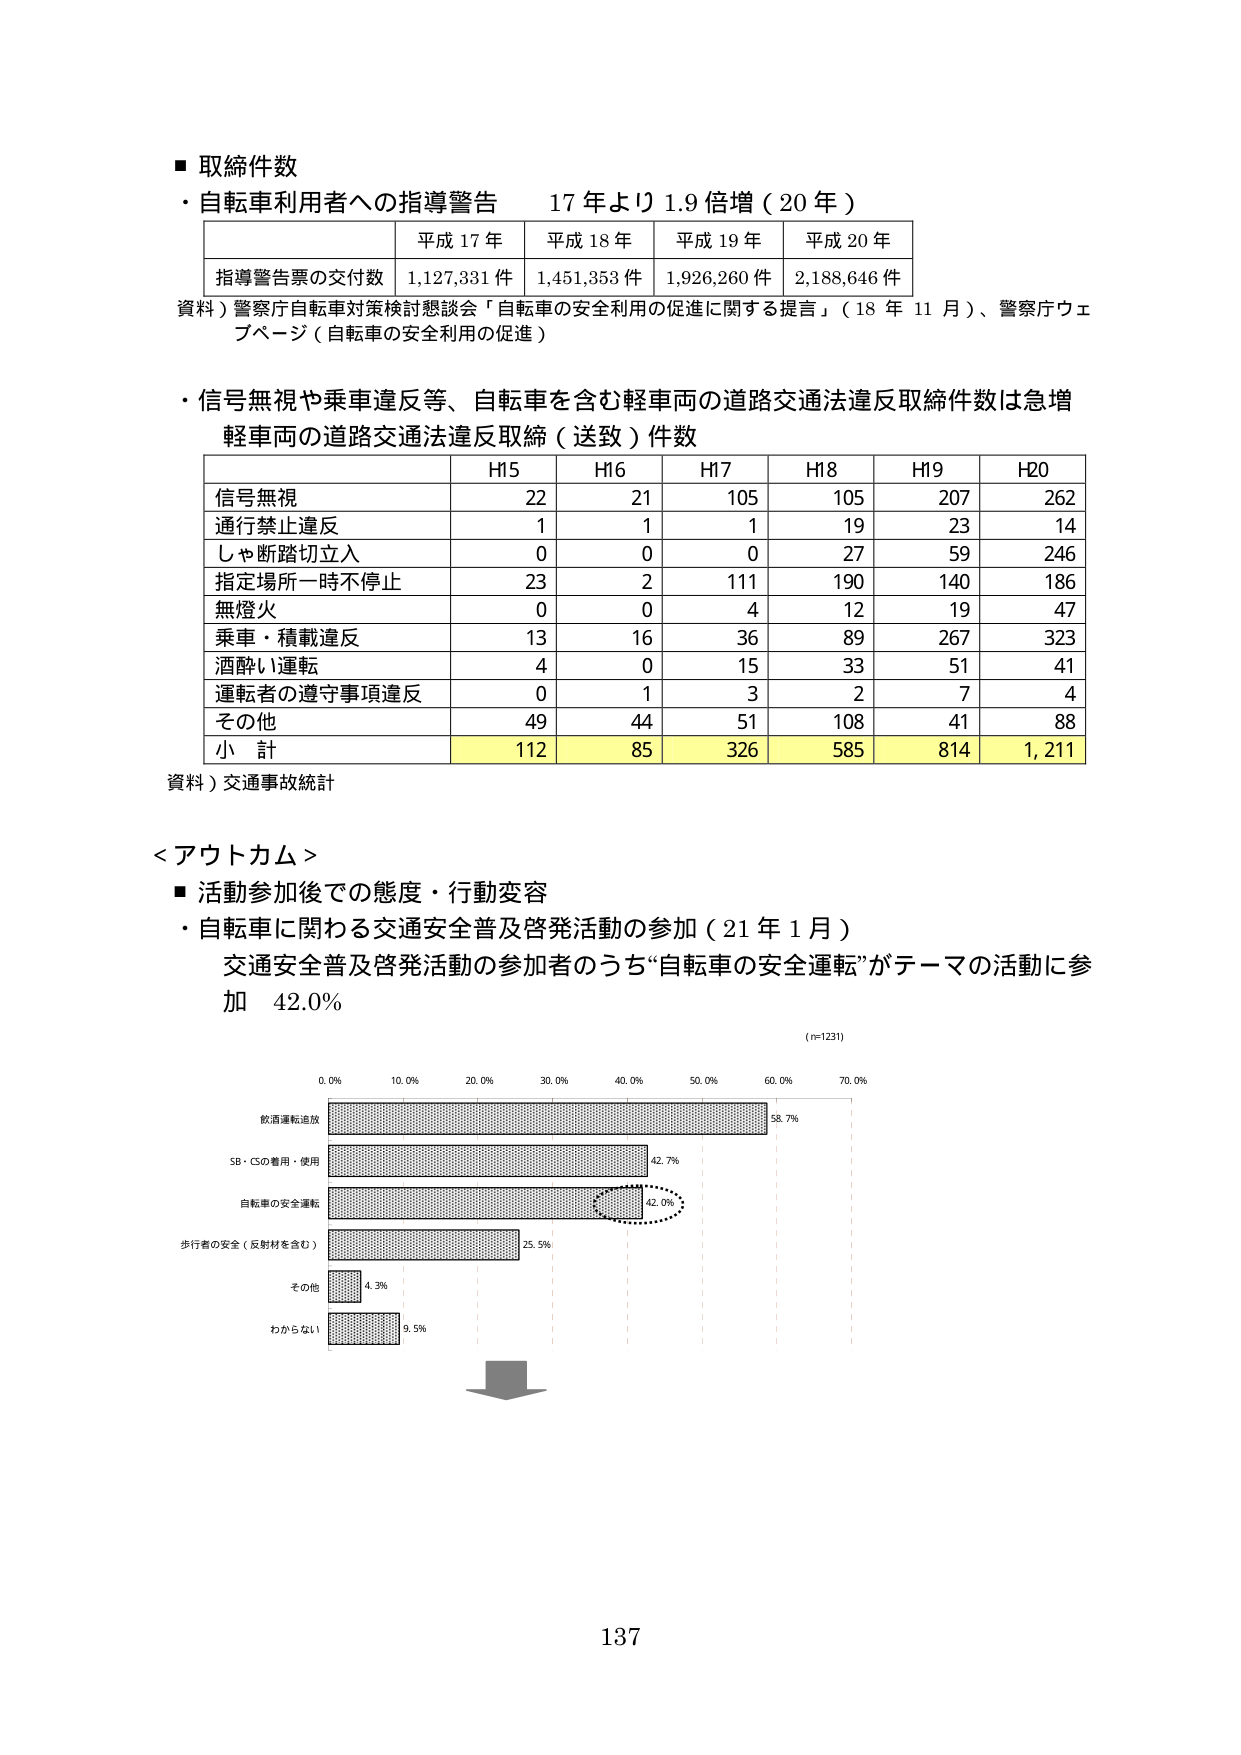
■ 取締件数
・自転車利用者への指導警告　17年より1.9倍増（20年）

| | 平成17年 | 平成18年 | 平成19年 | 平成20年 |
|---|---|---|---|---|
| 指導警告票の交付数 | 1,127,331件 | 1,451,353件 | 1,926,260件 | 2,188,646件 |

資料）警察庁自転車対策検討懇談会「自転車の安全利用の促進に関する提言」（18年11月）、警察庁ウェブページ（自転車の安全利用の促進）

・信号無視や乗車違反等、自転車を含む軽車両の道路交通法違反取締件数は急増
軽車両の道路交通法違反取締（送致）件数

| | H15 | H16 | H17 | H18 | H19 | H20 |
|---|---|---|---|---|---|---|
| 信号無視 | 22 | 21 | 105 | 105 | 207 | 262 |
| 通行禁止違反 | 1 | 1 | 1 | 19 | 23 | 14 |
| しゃ断踏切立入 | 0 | 0 | 0 | 27 | 59 | 246 |
| 指定場所一時不停止 | 23 | 2 | 111 | 190 | 140 | 186 |
| 無灯火 | 0 | 0 | 4 | 12 | 19 | 47 |
| 乗車・積載違反 | 13 | 16 | 36 | 89 | 267 | 323 |
| 酒酔い運転 | 4 | 0 | 15 | 33 | 51 | 41 |
| 運転者の遵守事項違反 | 0 | 1 | 3 | 2 | 7 | 4 |
| その他 | 49 | 44 | 51 | 108 | 41 | 88 |
| 小計 | 112 | 85 | 326 | 585 | 814 | 1,211 |

資料）交通事故統計

＜アウトカム＞
■ 活動参加後での態度・行動変容
・自転車に関わる交通安全普及啓発活動の参加（21年1月）
交通安全普及啓発活動の参加者のうち“自転車の安全運転”がテーマの活動に参加　42.0%

（n=1231）

0.0%　10.0%　20.0%　30.0%　40.0%　50.0%　60.0%　70.0%

飲酒運転追放　58.7%
SB・CSの着用・使用　42.7%
自転車の安全運転　42.0%
歩行者の安全（反射材を含む）　25.5%
その他　4.3%
わからない　9.5%

137